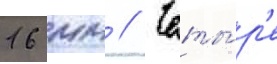
16 мм // Четы́р'е